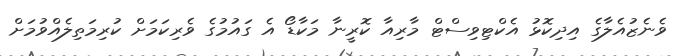
ވެނެޒުއެލާގެ އިދިކޮޅު އެކްޓިވިސްޓް މާރިއާ ކޮރީނާ މަކާޑޯ އެ ގައުމުގެ ވެރިކަމަށް ކުރިމަތިލެއްވުމަށް